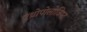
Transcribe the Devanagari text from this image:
एंथ्रोपोलोजिस्ट